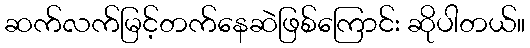
ဆက်လက်မြင့်တက်နေဆဲဖြစ်ကြောင်း ဆိုပါတယ်။